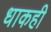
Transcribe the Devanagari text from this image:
धाकही